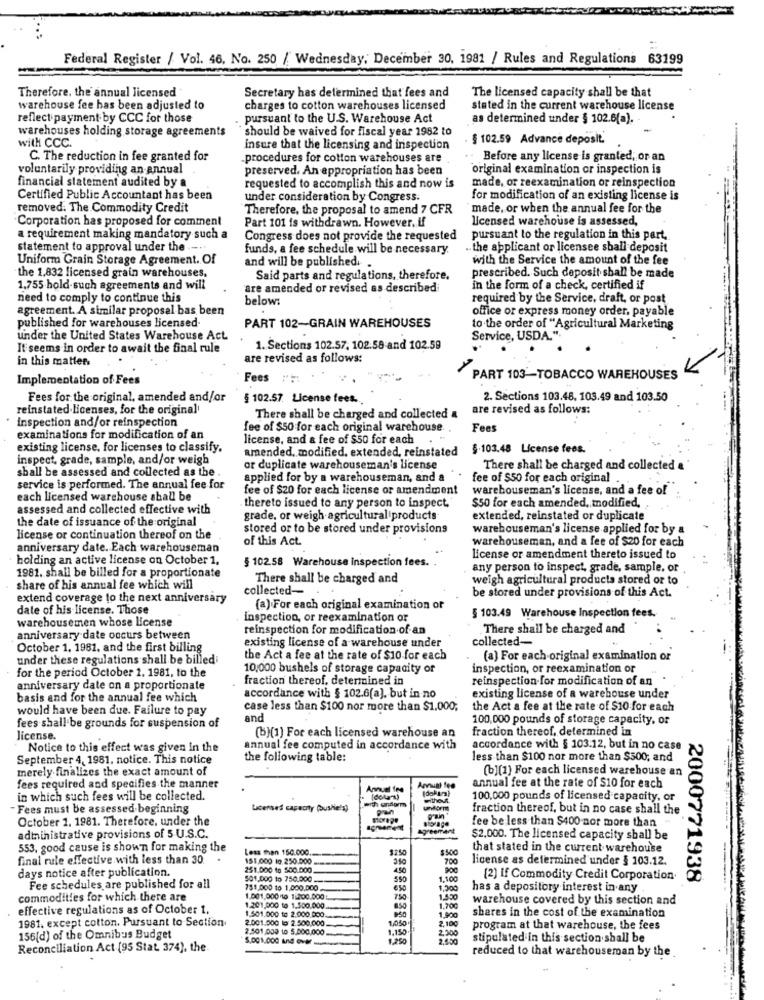
Federal Register / Vol. 46, No. 250 / Wednesday, December 30, 1981 / Rules and Regulations 63199
Therefore, the annual licensed
Secretary has determined that fees and
The licensed capacity shall be that
warehouse fee has been adjusted to
charges to cotton warehouses licensed
stated in the current warehouse license
reflect payment by CCC for those
. pursuant to the U.S. Warehouse Act
as determined under § 102.6(a).
warehouses holding storage agreements
should be waived for fiscal year 1982 to
with CCC.
§ 102.59 Advance deposit.
insure that the licensing and inspection
C. The reduction in fee granted for
procedures for cotton warehouses are
: Before any license is granted, or an
voluntarily providing an annual
preserved. An appropriation has been
original examination or inspection is
financial statement audited by a
requested to accomplish this and now is
made, or reexamination or reinspection
Certified Public Accountant has been
under consideration by Congress.
for modification of an existing license is
removed. The Commodity Credit
Therefore, the proposal to amend 7 CFR
made, or when the annual fee for the
Corporation has proposed for comment
licensed warehouse is assessed,
Part 101 is withdrawn. However, if
a requirement making mandatory such a
Congress does not provide the requested
pursuant to the regulation in this part,
statement to approval under the .-..
funds, a fee schedule will be necessary.
.. the applicant or licensee shall deposit
Uniform Grain Storage Agreement. Of
with the Service the amount of the fee
and will be published. .
the 1.832 licensed grain warehouses.
Said parts and regulations, therefore.
prescribed. Such deposit shall be made
1,755 hold such agreements and will
are amended or revised as described
in the form of a check, certified if
need to comply to continue this
below:
required by the Service, draft, or post
agreement. A similar proposal bas been
office or express money order, payable
published for warehouses licensed.
PART 102-GRAIN WAREHOUSES
to the order of "Agricultural Marketing
under the United States Warehouse Act
Service, USDA.".
It seems in order to await the final rule
1. Sections 102.57, 102.58 and 102.59
in this matter.
are revised as follows:
Implementation of Fees
Fees
PART 103-TOBACCO WAREHOUSES
Fees for the original, amended and/or
§ 102.57. License fees.
2. Sections 103.48, 103.49 and 103.50
reinstated licenses, for the original'
are revised as follows:
inspection and/or reinspection
There shall be charged and collected a
fee of $50 for each original warehouse
Fees
examinations for modification of an
license, and a fee of $50 for each
existing license, for licenses to classify.
amended, modified, extended, reinstated
$.103.48 License fees.
inspect, grade, sample, and/or weigh
or duplicate warehouseman's license
There shall be charged and collected a
shall be assessed and collected as the .
applied for by a warehouseman, and &
fee of $50 for each original
service is performed. The annual fee for
fee of $20 for each license or amendment
warehouseman's license, and a fee of
each licensed warehouse shall be
thereto issued to any person to inspect,
$50 for each amended, modified,
assessed and collected effective with
the date of issuance of the original
grade, or weigh agricultural products
extended, reinstated or duplicate
stored or to be stored under provisions
warehouseman's license applied for by a
license or continuation thereof on the
of this Act.
warehouseman, and a fee of $20 for each
anniversary date. Each warehouseman
holding an active license on October 1,
license or amendment thereto issued to
§ 102.58 Warehouse Inspection fees. .
any person to inspect, grade, sample. or
1981. shall be billed for a proportionate
There shall be charged and
weigh agricultural products stored or to
share of his annual fee which will
collected-
be stored under provisions of this Act.
extend coverage to the next anniversary
date of his license. Those
(a) For each original examination or
warehousemen whose License
inspection, or reexamination or
§ 103.49 Warehouse Inspection fees.
reinspection for modification of an
There shall be charged and
anniversary date occurs between
existing license of a warehouse under
collected-
October 1, 1981, and the first billing
under these regulations shall be billed
the Act a fee at the rate of $10 for each
(a) For each original examination or
for the period October 1. 1981, to the
10,000 bushels of storage capacity of
inspection, or reexamination or
fraction thereof, determined in
reinspection for modification of an
anniversary date on a proportionate
basis and for the annual fee which
accordance with § 102.6(a), but in no
existing license of a warehouse under
would have been due. Failure to pay
case less than $100 nor more than $1.000;
the Act a fee at the rate of $10 for each
and
100,000 pounds of storage capacity, or
fees shall be grounds for suspension of
fraction thereof, determined in
license.
(b)(1) For each licensed warehouse an
Notice to this effect was given In the
annual fee computed in accordance with
accordance with § 103.12, but in no case
September 4, 1981, notice. This notice
the following table:
less than $100 nor more than $500; and
merely finalizes the exact amount of
(b](1) For each licensed warehouse an
fees required and specifies the manner
Amuat lon
annual fee at the rate of $10 for each
in which such fees will be collected.
with anform
[dola"s)
thon
100,000 pounds of licensed capacity, or
- Fees must be assessed beginning
Licensed capacity (Bushels)
fraction thereof, but in no case shall the
October 1. 1981. Therefore, under the
Agreement
fee be less than $400 nor more than
administrative provisions of 5 U.S.C.
$2,000. The licensed capacity shall be
553, good cause is shown for making the
Less than 150.000.
1250
that stated in the current warehouse
final rule effective with less than 30.
151,000 10. 250.500
700
license as determined under § 103.12.
-
days notice after publication.
251.000 to 500.000
$01,000 to 750.000
550
1.100
[2] if Commodity Credit Corporation.
2000771938
Fee schedules are published for all
751.000 10 1.000.000
1.200
has a depository interest in any
commodities for which there are
1.001.000 10 1200.000
750
1.550
warehouse covered by this section and
effective regulations as of October 1.
1.201,000 to 1.500.000
850
1.700
shares in the cost of the examination
1981. except cotton. Pursuant to Section
2.001.500 lo 2.500.000
1.501.000 1: 2.000.000.
1.050
1.900
2.100
2.501,000 10 5.000,000
1,150.
2 200
program at that warehouse, the fees
156[d) of the Omnibus Budget
5.001.000 And over
1.250
2,650
stipulated in this section shall be
Reconciliation Act (95 Stat. 374), the
reduced to that warehouseman by the